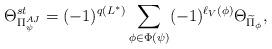
LaTeX: \begin{align*}\Theta_{\Pi_\psi^{AJ}}^{st}= (-1)^{q(L^*)} \sum_{\phi \in \Phi(\psi) } (-1)^{\ell_V(\phi)} \Theta_ {\widetilde \Pi_ \phi} , \end{align*}